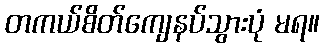
တကယ်စိတ်ကျေနပ်သွားပုံ မရ။